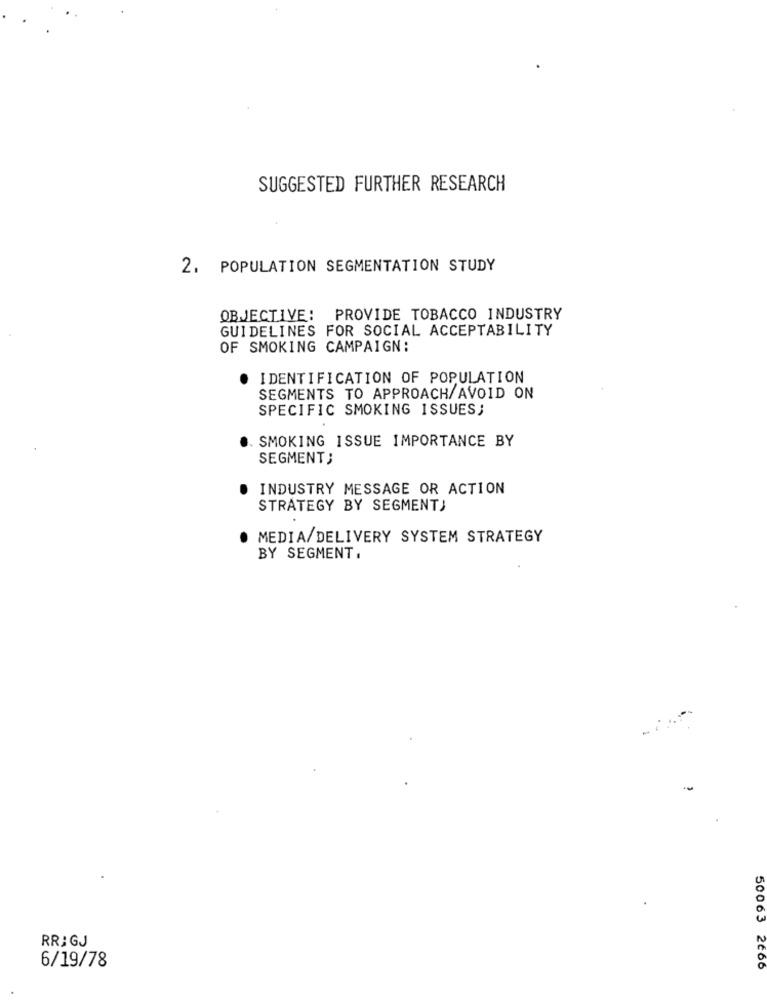
SUGGESTED FURTHER RESEARCH
2. POPULATION SEGMENTATION STUDY
OBJECTIVE: PROVIDE TOBACCO INDUSTRY
GUIDELINES FOR SOCIAL ACCEPTABILITY
OF SMOKING CAMPAIGN:
IDENTIFICATION OF POPULATION
SEGMENTS TO APPROACH/AVOID ON
SPECIFIC SMOKING ISSUES;
SMOKING ISSUE IMPORTANCE BY
SEGMENT;
INDUSTRY MESSAGE OR ACTION
STRATEGY BY SEGMENT)
MEDIA/DELIVERY SYSTEM STRATEGY
BY SEGMENT.
-
RR; GJ
6/19/78
50063 2666